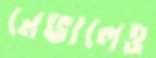
নেভালেও